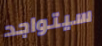
سيتواجد